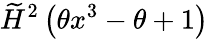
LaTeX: \widetilde{H}^{2}\left(\theta x^{3}-\theta+1\right)